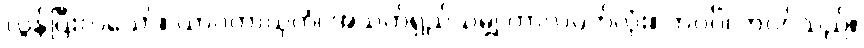
လွန်ပြီးလသော်။ ယာဝတာယုကံ၊ အသက်ရှည်သမျှ ကာလပတ်လုံး။ ဘဝင်္ဂံ၊ ဘဝင်သည်။